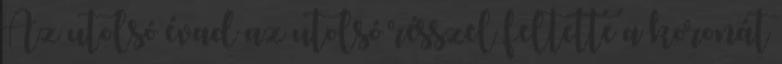
Az utolsó évad az utolsó résszel feltette a koronát